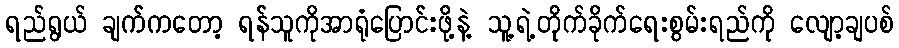
ရည်ရွယ် ချက်ကတော့ ရန်သူကိုအာရုံပြောင်းဖို့နဲ့ သူ့ရဲ့တိုက်ခိုက်ရေးစွမ်းရည်ကို လျော့ချပစ်